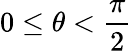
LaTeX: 0\leq\theta<{\frac{\pi}{2}}